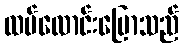
ထပ်လောင်းပြောသည်